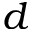
d